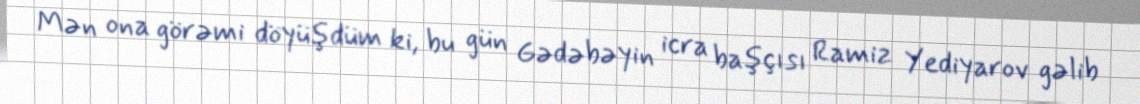
Mən ona görəmi döyüşdüm ki, bu gün Gədəbəyin icra başçısı Ramiz Yediyarov gəlib